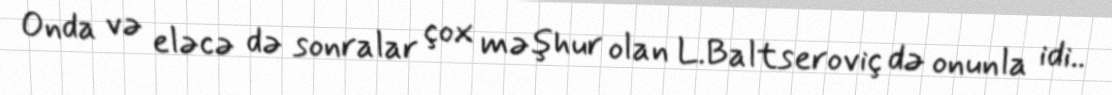
Onda və eləcə də sonralar çox məşhur olan L.Baltseroviç də onunla idi..